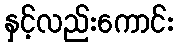
နှင့်လည်းကောင်း